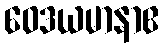
ဝေဒယမာနာဧ